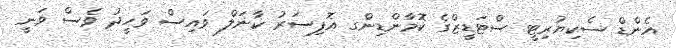
އެންޑް ސެކިޔުރިޓީ ސްޓަޑީޒްގެ ކޮމާންޑިންގ އޮފިސަރު ކާނަލް ވައިސް ވަހީދު ވެސް ވަނީ